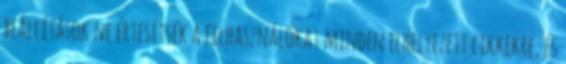
beállítások ne értesítsék a felhasználókat minden elhelyezett cikkekre, és